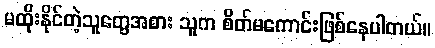
မထိုးနိုင်တဲ့သူတွေအစား သူက စိတ်မကောင်းဖြစ်နေပါတယ်။